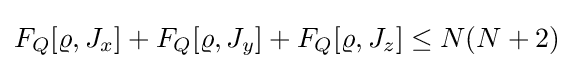
F_{Q}[\varrho ,J_{x}]+F_{Q}[\varrho ,J_{y}]+F_{Q}[\varrho ,J_{z}]\leq N(N+2)